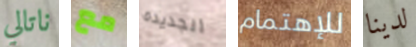
ناتالي مع الجديدة للإهتمام لدينا